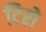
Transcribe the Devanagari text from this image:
टिरो